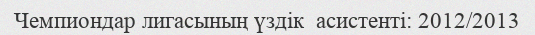
Чемпиондар лигасының үздік  асистенті: 2012/2013